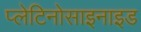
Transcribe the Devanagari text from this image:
प्लेटिनोसाइनाइड